Punjab Mental Hospital Lahore 1932-46 - 1932-1946
Year: 1932
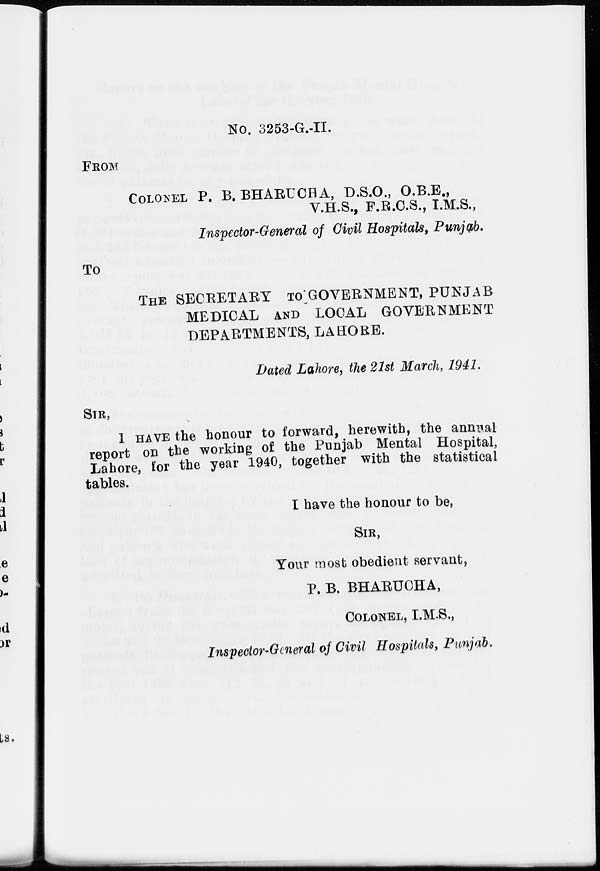
No. 3253-G.-II.
FROM
COLONEL P. B. BHARUCHA, D.S.O., O.B.E.,
V.H.S., F.R.C.S., I.M.S.,
Inspector-General of Civil Hospitals, Punjab.
To
THE SECRETARY TO GOVERNMENT, PUNJAB
MEDICAL AND LOCAL GOVERNMENT
DEPARTMENTS, LAHORE.
Dated Lahore, the 21st March, 1941.
SIR,
I HAVE the honour to forward, herewith, the annual
report on the working of the Punjab Mental Hospital,
Lahore, for the year 1940, together with the statistical
tables.
I have the honour to be,
SIR ,
Your most obedient servant,
P. B. BHARUCHA,
COLONEL, I.M.S.,
Inspector-General of Civil Hospitals, Punjab.